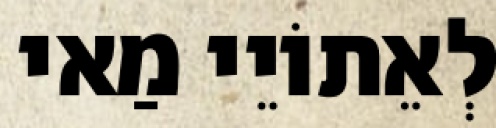
לְאֵתוֹיֵי מַאי